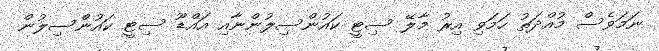
ނަމަވެސް މުއްދަތު ހަމަވި އިރު މާލޭ ސިޓީ ކައުންސިލުންނާއި އައްޑޫ ސިޓީ ކައުންސިލުން